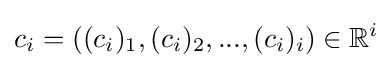
c_{i}=((c_{i})_{1},(c_{i})_{2},...,(c_{i})_{i})\in \mathbb {R} ^{i}